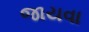
જાયવા